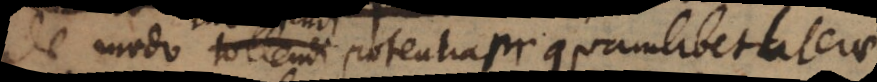
De modo inveniendi potentiam quamlibet literae